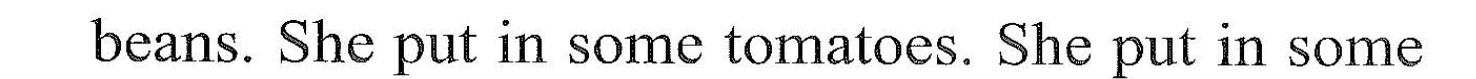
beans. She put in same omatocs. She put in some